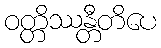
ဝတ္တိဿန္တီတိပေ